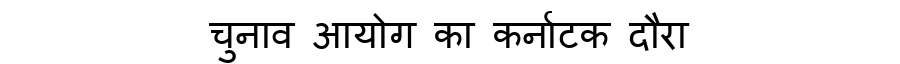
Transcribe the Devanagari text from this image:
चुनाव आयोग का कर्नाटक दौरा